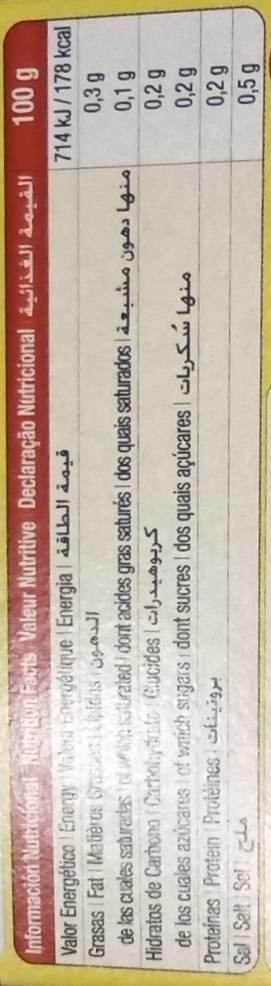
Información Nutricional Nutrition Facts Valeur Nutritive Declaração Nutricional
tergélique | Energia i dos
Valor Energético Energy Valesa Grasas | Fat | Matièros Grasses i Lipidas 09
de las cuales saturadas tolwe saturated / dont acides gras saturés dos quais saturados ao gos gi Hidratos de Carbono Carbolydrate
Glucides,
de los cuales azúcares of which sugars dont sucres i dos quais açúcares
gis
بروتينات - Proteinas Protein Proteines
Sal Salt Sel
100 g
714 kJ/178 kcal
0,3 g
0,1 g
0,2 g
0,2 g
0,2 g
0,5 g